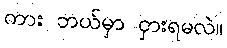
ကား ဘယ်မှာ ငှားရမလဲ။